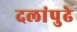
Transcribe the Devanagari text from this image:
दलांपुढे